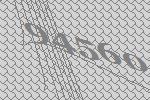
94560